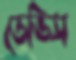
ডেভিস